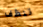
تنظف